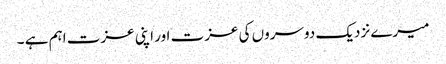
میرے نزدیک دوسروں کی عزت اور اپنی عزت اہم ہے ۔